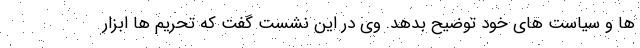
ها و سیاست های خود توضیح بدهد. وی در این نشست گفت که تحریم ها ابزار